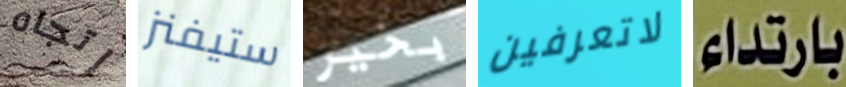
إتجاه ستيفنز بخير لاتعرفين بارتداء